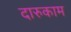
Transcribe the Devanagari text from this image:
दारुकाम